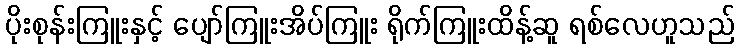
ပိုးစုန်းကြူးနှင့် ပျော်ကြူးအိပ်ကြူး ရိုက်ကြူးထိန့်ဆူ ရစ်လေဟူသည်